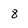
Character: 8